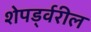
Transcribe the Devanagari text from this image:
शेपर्ड्वरील